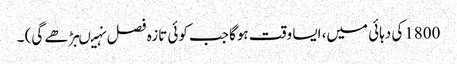
1800کی دہائی میں، ایسا وقت ہوگا جب کوئی تازہ فصل نہیںبڑھے گی) ۔